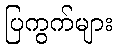
ပြကွက်များ